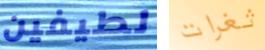
لطيفين ثغرات